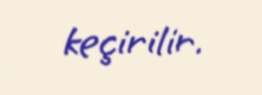
keçirilir.